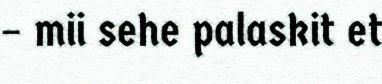
– mii sehe palaskit et